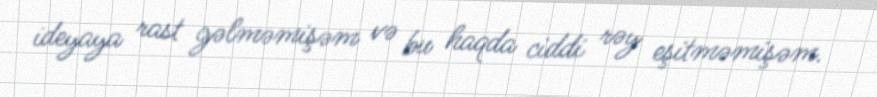
ideyaya rast gəlməmişəm və bu haqda ciddi rəy eşitməmişəm.